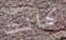
كانت